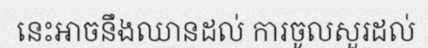
នេះអាចនឹងឈានដល់ ការចូលសួរដល់